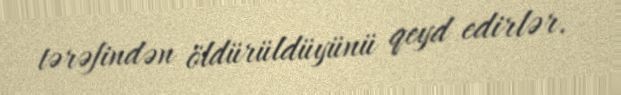
tərəfindən öldürüldüyünü qeyd edirlər.